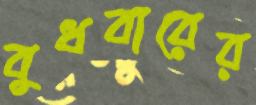
বুধবারের